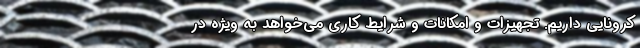
کرونایی داریم. تجهیزات و امکانات و شرایط کاری می‌خواهد به ویژه در